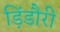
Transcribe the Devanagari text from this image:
ड़िंडौरी